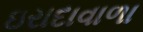
ઇરાદાવાળા